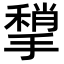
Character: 𢵥